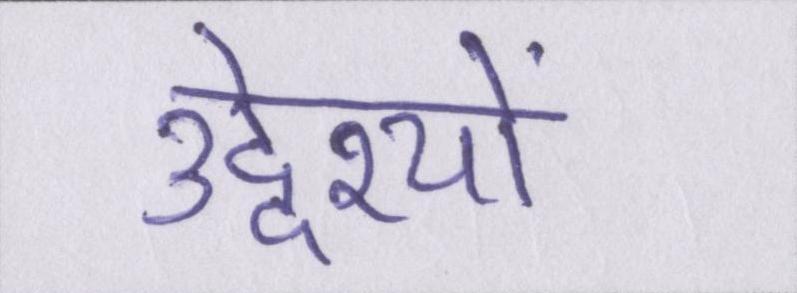
उद्देश्यों